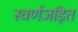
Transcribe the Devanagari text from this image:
स्वर्णजड़ित